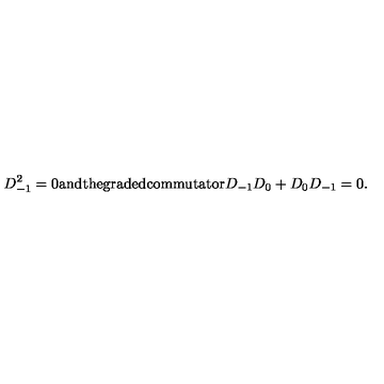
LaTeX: D _ { - 1 } ^ { 2 } = 0 \mathrm { a n d t h e g r a d e d c o m m u t a t o r } D _ { - 1 } D _ { 0 } + D _ { 0 } D _ { - 1 } = 0 .